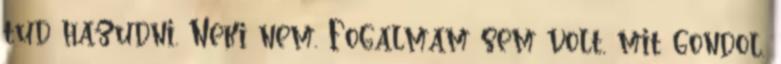
tud hazudni. Neki nem. Fogalmam sem volt, mit gondol,